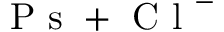
{ \mathrm { ~ P ~ s ~ } + \mathrm { ~ C ~ l ~ } ^ { - } }